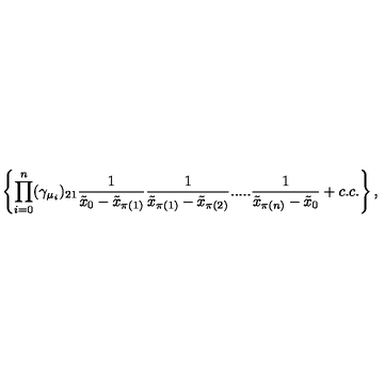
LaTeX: \left\{ \prod _ { i = 0 } ^ { n } ( \gamma _ { \mu _ { i } } ) _ { 2 1 } \frac { 1 } { \tilde { x } _ { 0 } - \tilde { x } _ { \pi ( 1 ) } } \frac { 1 } { \tilde { x } _ { \pi ( 1 ) } - \tilde { x } _ { \pi ( 2 ) } } . . . . . \frac { 1 } { \tilde { x } _ { \pi ( n ) } - \tilde { x } _ { 0 } } + c . c . \right\} ,